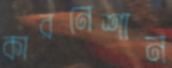
কারনেশান